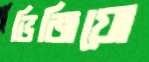
ভিজিয়ো